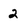
Character: 2